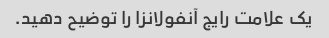
یک علامت رایج آنفولانزا را توضیح دهید.